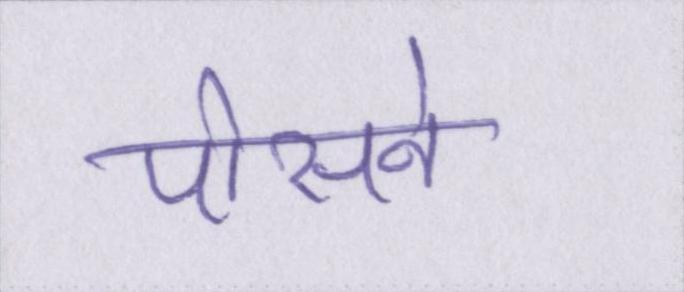
पोसने